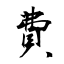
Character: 費